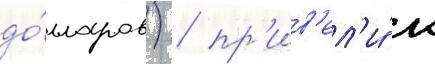
до́лларов) / пр'ив'ел'и́ к